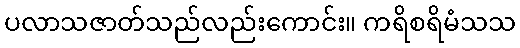
ပလာသဇာတ်သည်လည်းကောင်း။ ကရိစရိမံသသ